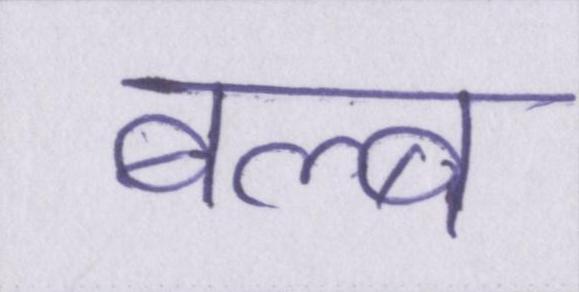
बल्ब